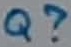
Text: Q?